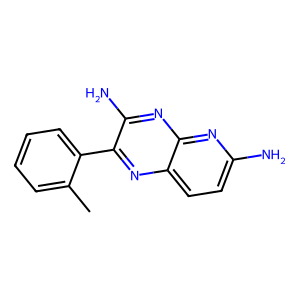
SMILES: Cc1ccccc1-c1nc2ccc(N)nc2nc1N
Inhibits HIV replication: No